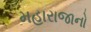
મહારાજાનો